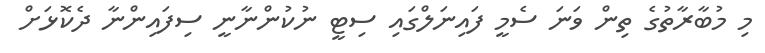
މި މުބާރާތުގެ ތިން ވަނަ ސެމީ ފައިނަލްގައި ސިޓީ ނުކުންނާނީ ސިފައިންނާ ދެކޮޅަށް